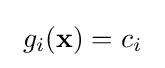
\ g_{i}({\bf {x}})=c_{i}\